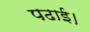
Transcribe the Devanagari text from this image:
पढाई।